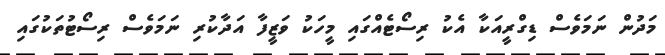
މަދުން ނަމަވެސް ޑިގްރީއަކާ އެކު ރިސޯޓެއްގައި މީހަކު ވަޒީފާ އަދާކުރި ނަމަވެސް ރިސޯޓުތަކުގައި